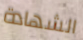
الشهادة